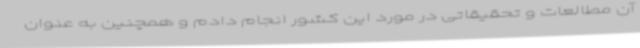
آن مطالعات و تحقیقاتی در مورد این کشور انجام دادم و همچنین به عنوان